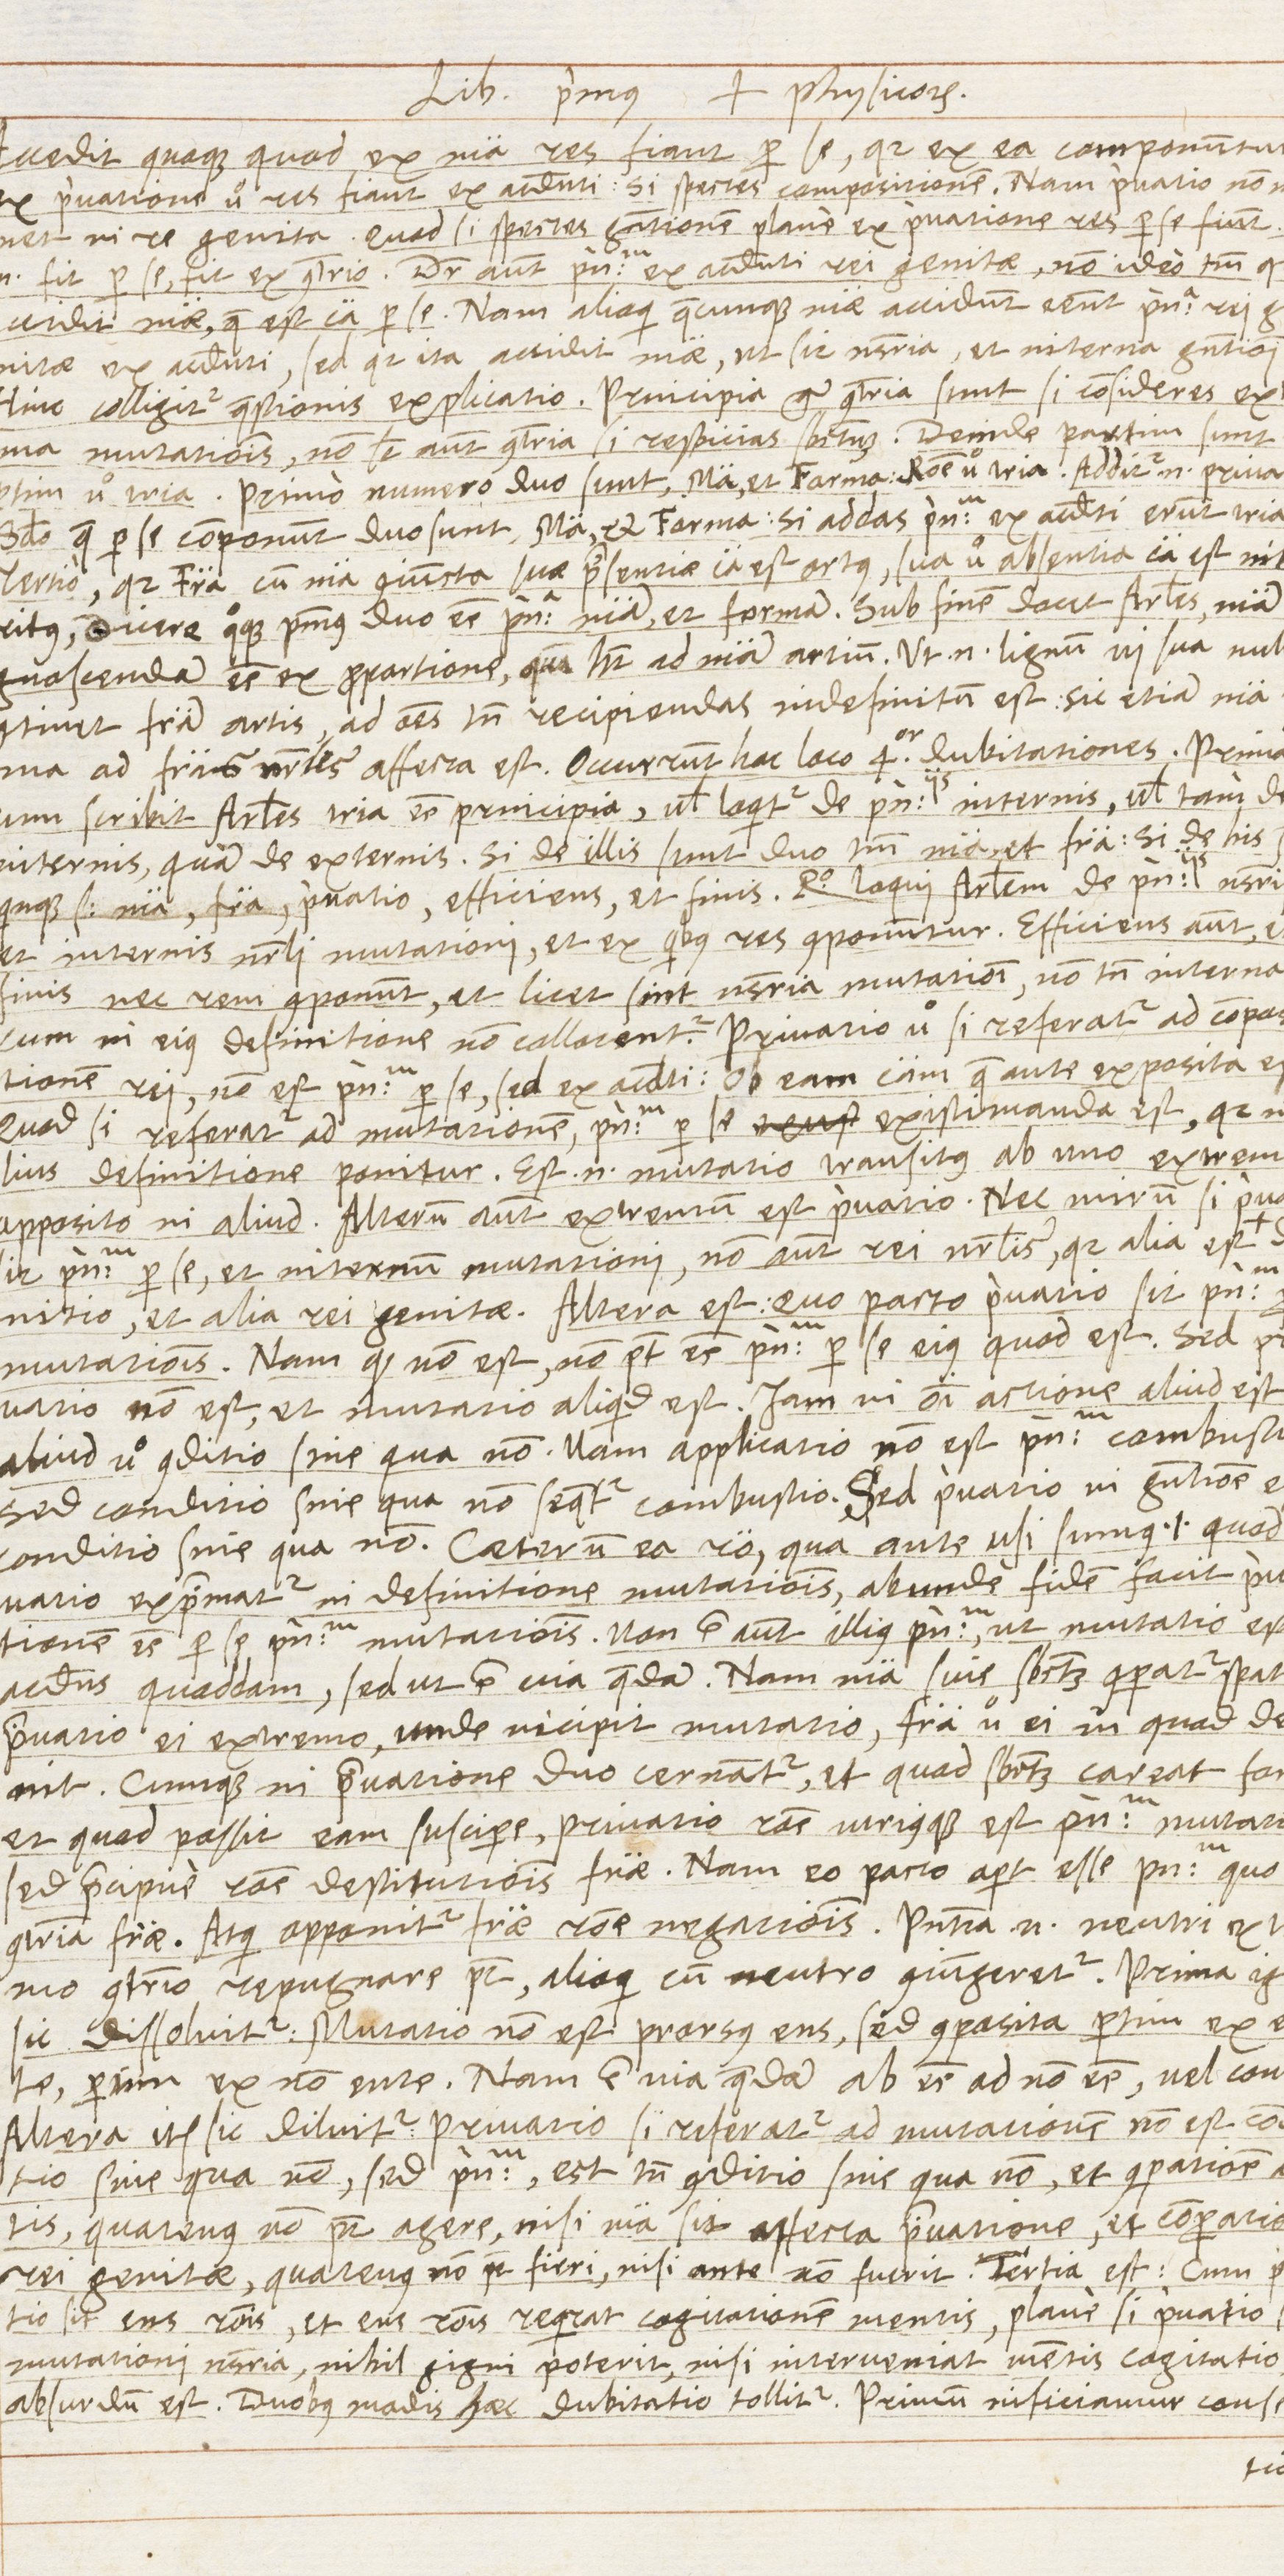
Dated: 1568–1569